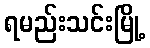
ရမည်းသင်းမြို့